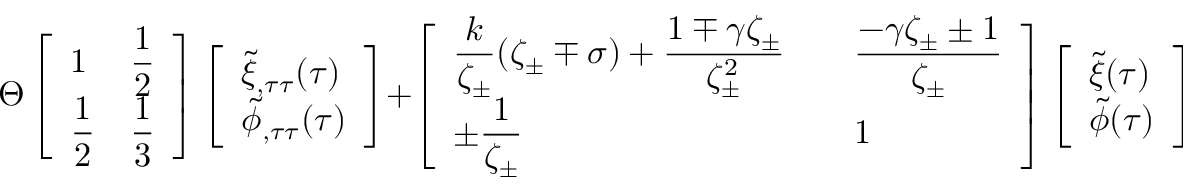
\Theta \left[ \begin{array} { l l } { \displaystyle 1 } & { \displaystyle \frac { 1 } { 2 } } \\ { \displaystyle \frac { 1 } { 2 } } & { \displaystyle \frac { 1 } { 3 } } \end{array} \right] \left[ \begin{array} { l } { \displaystyle \tilde { \xi } _ { , \tau \tau } ( \tau ) } \\ { \displaystyle \tilde { \phi } _ { , \tau \tau } ( \tau ) } \end{array} \right] + \left[ \begin{array} { l l } { \displaystyle \frac { k } { \zeta _ { \pm } } ( \zeta _ { \pm } \mp \sigma ) + \frac { 1 \mp \gamma \zeta _ { \pm } } { \zeta _ { \pm } ^ { 2 } } \quad } & { \displaystyle \frac { - \gamma \zeta _ { \pm } \pm 1 } { \zeta _ { \pm } } } \\ { \displaystyle \pm \frac { 1 } { \zeta _ { \pm } } } & { 1 } \end{array} \right] \left[ \begin{array} { l } { \displaystyle \tilde { \xi } ( \tau ) } \\ { \displaystyle \tilde { \phi } ( \tau ) } \end{array} \right] = \boldsymbol { 0 }